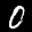
Label: 0